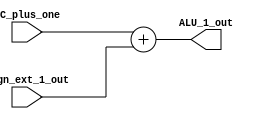
`timescale 1ns / 1ps
module ALU_1(
    PC_plus_one,
    Sign_ext_1_out,
    ALU_1_out
);

parameter N=16;

input [N-1:0] PC_plus_one;
input [N-1:0] Sign_ext_1_out;
output [N-1:0] ALU_1_out;

assign ALU_1_out = PC_plus_one + Sign_ext_1_out;

endmodule